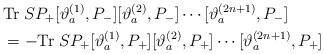
LaTeX: \begin{align*}&{\rm Tr}\;SP_+[\vartheta_{a}^{(1)},P_-][\vartheta_a^{(2)},P_-]\cdots[\vartheta_a^{(2n+1)},P_-]\\&=-{\rm Tr}\;SP_+[\vartheta_{a}^{(1)},P_+][\vartheta_a^{(2)},P_+]\cdots[\vartheta_a^{(2n+1)},P_+]\end{align*}